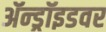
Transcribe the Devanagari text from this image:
ॲन्ड्रॉइडवर